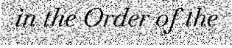
in the Order of the